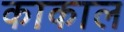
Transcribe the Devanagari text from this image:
काकाल